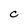
Character: C